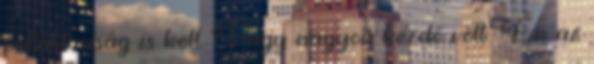
pofátlanság is kell. Vagy nagyon kezdő volt. Én az